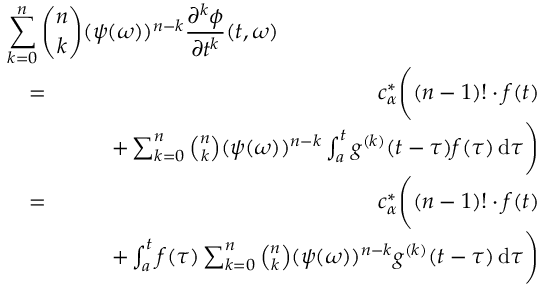
\begin{array} { r l r } { \lefteqn { \sum _ { k = 0 } ^ { n } \binom { n } { k } ( \psi ( \omega ) ) ^ { n - k } \frac { \partial ^ { k } \phi } { \partial t ^ { k } } ( t , \omega ) } } \\ & { = } & { c _ { \alpha } ^ { * } \Bigg ( ( n - 1 ) ! \cdot f ( t ) } \\ & { } & { \qquad + \sum _ { k = 0 } ^ { n } \binom { n } { k } ( \psi ( \omega ) ) ^ { n - k } \int _ { a } ^ { t } g ^ { ( k ) } ( t - \tau ) f ( \tau ) \, \mathrm d \tau \Bigg ) } \\ & { = } & { c _ { \alpha } ^ { * } \Bigg ( ( n - 1 ) ! \cdot f ( t ) } \\ & { } & { \qquad + \int _ { a } ^ { t } f ( \tau ) \sum _ { k = 0 } ^ { n } \binom { n } { k } ( \psi ( \omega ) ) ^ { n - k } g ^ { ( k ) } ( t - \tau ) \, \mathrm d \tau \Bigg ) } \end{array}